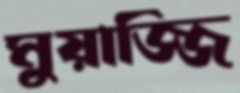
মুয়াজ্জি